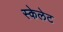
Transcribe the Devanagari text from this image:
स्केलेट